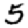
Digit: 5